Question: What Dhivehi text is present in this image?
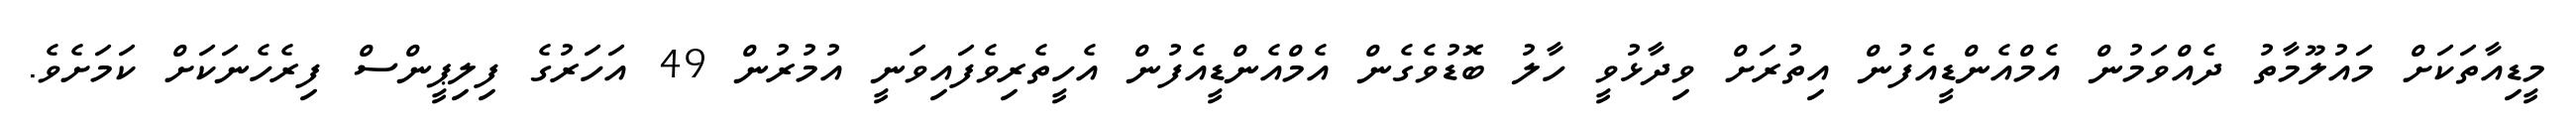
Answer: މީޑިއާތަކަށް މައުލޫމާތު ދެއްވަމުން އެމްއެންޑީއެފުން އިތުރަށް ވިދާޅުވީ ހާލު ބޮޑުވެގެން އެމްއެންޑީއެފުން އެހީތެރިވެފައިވަނީ އުމުރުން 49 އަހަރުގެ ފިލިޕީންސް ފިރެހެނަކަށް ކަމަށެވެ.